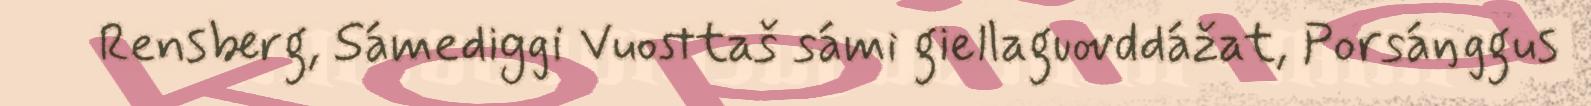
Rensberg, Sámediggi Vuosttaš sámi giellaguovddážat, Porsáŋggus